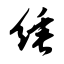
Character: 缍